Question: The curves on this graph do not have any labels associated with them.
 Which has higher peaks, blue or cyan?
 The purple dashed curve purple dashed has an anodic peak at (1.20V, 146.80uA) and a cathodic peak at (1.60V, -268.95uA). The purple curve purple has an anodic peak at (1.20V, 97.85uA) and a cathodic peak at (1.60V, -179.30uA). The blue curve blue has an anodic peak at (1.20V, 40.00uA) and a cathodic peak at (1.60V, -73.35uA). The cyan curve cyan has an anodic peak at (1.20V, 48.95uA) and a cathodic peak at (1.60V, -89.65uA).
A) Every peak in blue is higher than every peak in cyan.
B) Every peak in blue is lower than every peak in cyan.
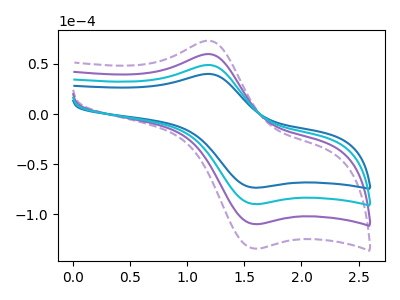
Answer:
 <answer>B) Every peak in "blue" is lower than every peak in "cyan".</answer>
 <eval>B</eval>